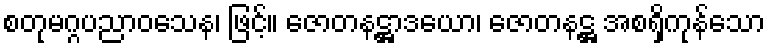
စတုမဂ္ဂပညာဝသေန၊ ဖြင့်။ ဇောတနဋ္ဌာဒယော၊ ဇောတနဋ္ဌ အစရှိကုန်သော